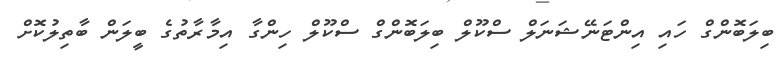
ބިލަބޮންގް ހައި އިންޓަނޭޝަނަލް ސްކޫލް ބިލަބޮންގް ސްކޫލް ހިންގާ އިމާރާތުގެ ބީލަން ބާތިލުކޮށް